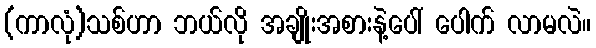
(ကာလုံ)သစ်ဟာ ဘယ်လို အချိုးအစားနဲ့ပေါ် ပေါက် လာမလဲ။